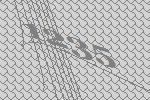
1235